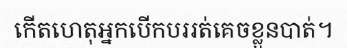
កើតហេតុអ្នកបើកបររត់គេចខ្លួនបាត់។